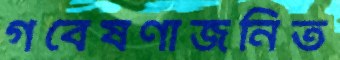
গবেষণাজনিত